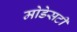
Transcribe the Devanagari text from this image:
मोडेसटी